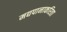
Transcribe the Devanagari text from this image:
मद्यपानाकरिता